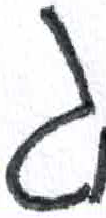
אות: ג